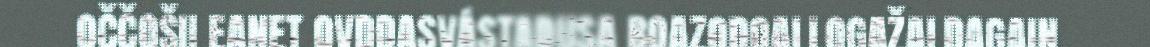
OČČOŠII EANET OVDDASVÁSTADUSA BOAZODOALLOGAŽALDAGAIN.